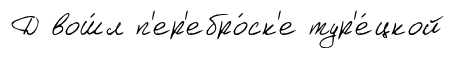
Д вош́л п'ер'ебро́ск'е тур'е́цкой